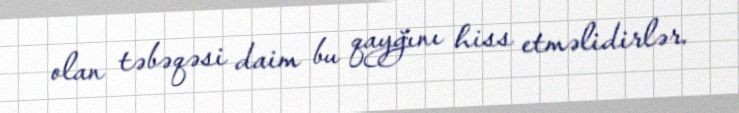
olan təbəqəsi daim bu qayğını hiss etməlidirlər.